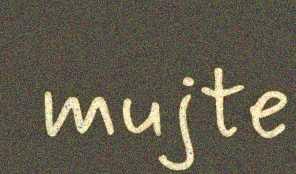
mujte